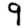
Digit: 9